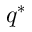
q ^ { * }